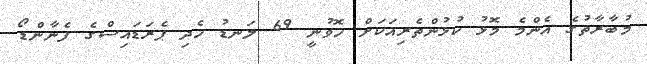
މުބާރާތުގެ އެންމެ މޮޅު ކުޅުންތެރިއަކަށް ހޮވުނީ 69 ލަނޑު ހެދި ޕެރަޑައިސްގެ ފެނާންޑޯ